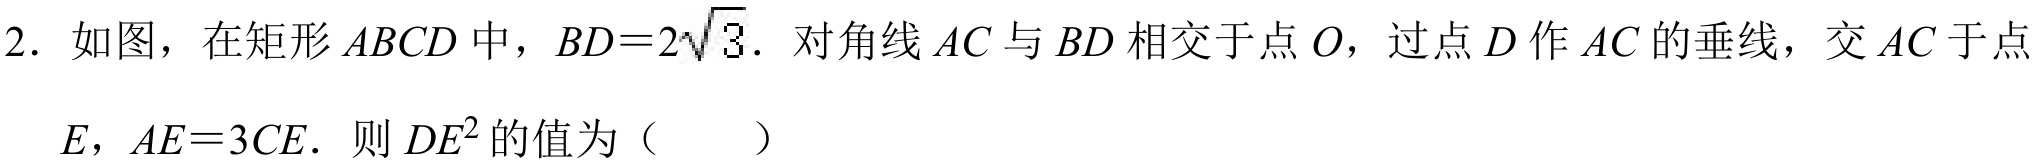
2. 如图，在矩形\(ABCD\)中，\(BD = 2\sqrt{3}\)．对角线\(AC\)与\(BD\)相交于点\(O\)，过点\(D\)作\(AC\)的垂线，交\(AC\)于点\(E\)，\(AE = 3CE\)．则\(DE^{2}\)的值为（  ）